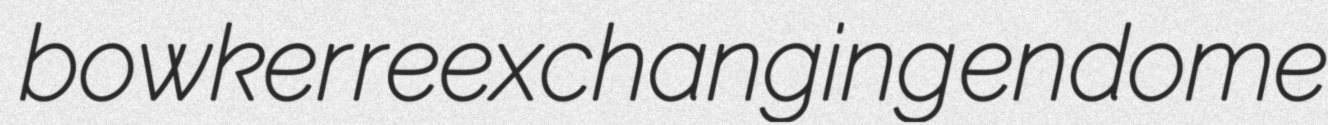
bowker reexchanging endome